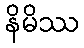
နိမိဿ